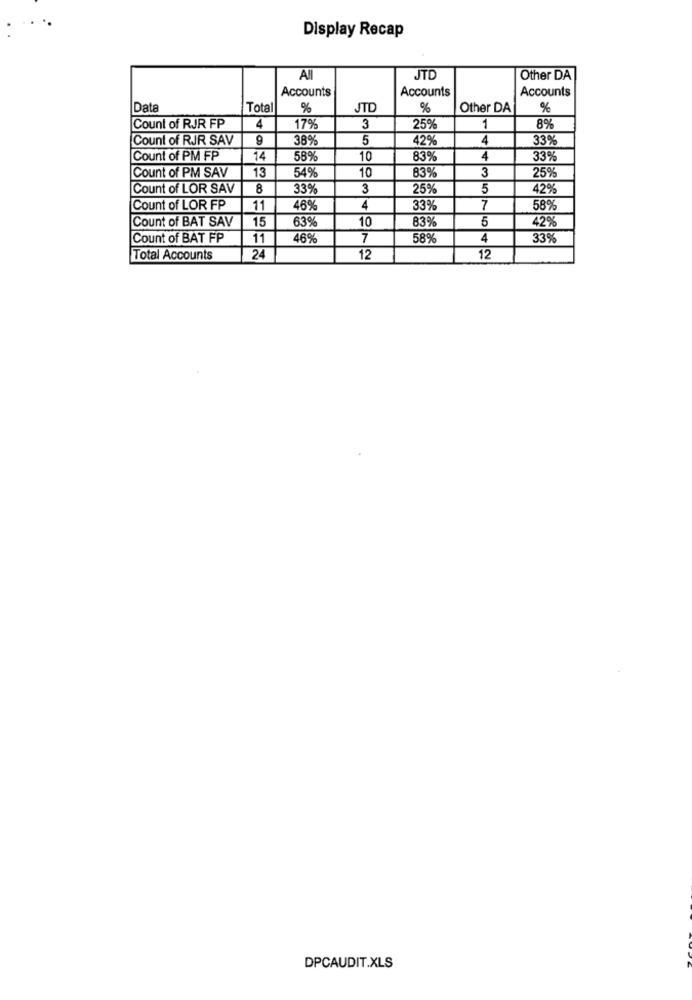
Display Recap
All
JTD
Other DA
Accounts
Accounts
Accounts
Data
Total
%
JTD
%
Other DA
%
8%
Count of RJR FP
4
17%
3
25%
1
Count of RJR SAV
9
38%
5
42%
4
33%
Count of PM FP
14
58%
10
83%
4
33%
13
54%
25%
Count of PM SAV
10
83%
3
Count of LOR SAV
8
33%
3
25%
5
42%
Count of LOR FP
11
46%
4
33%
7
58%
Count of BAT SAV
15
63%
10
83%
5
42%
Count of BAT FP
11
46%
7
58%
4
33%
Total Accounts
24
12
12
DPCAUDIT.XLS